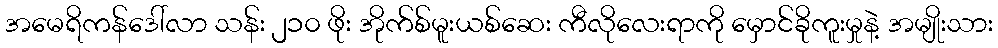
အမေရိကန်ဒေါ်လာ သန်း ၂၁၀ ဖိုး အိုက်စ်မူးယစ်ဆေး ကီလိုလေးရာကို မှောင်ခိုကူးမှုနဲ့ အမျိုးသား